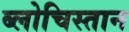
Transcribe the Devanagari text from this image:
ब्लोचिस्तान